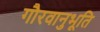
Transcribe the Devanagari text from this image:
गौरवानुभूति